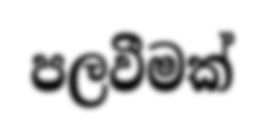
පලවීමක්